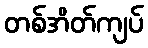
တစ်အိတ်ကျပ်